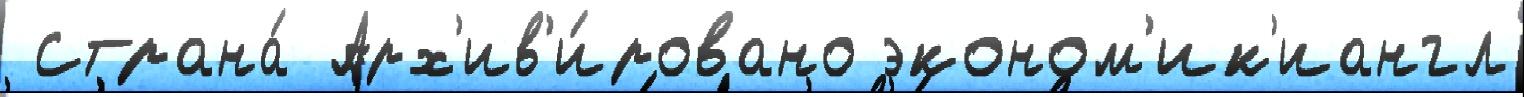
 Страна́ Арх'ив'и́ровано эконом'ик'иангл